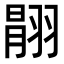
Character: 𦑉